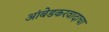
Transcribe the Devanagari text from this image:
आंबेडकरवादाचा